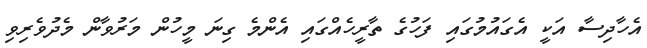
އެހާދިސާ އަކީ އެގައުމުގައި ފަހުގެ ތާރީހެއްގައި އެންމެ ގިނަ މީހުން މަރުވާން މެދުވެރިވި